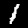
Label: 1